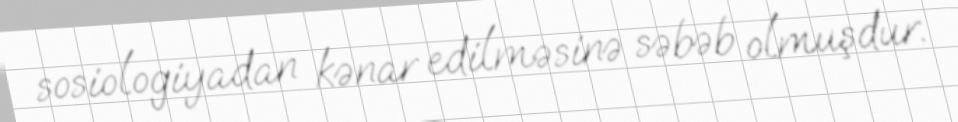
sosiologiyadan kənar edilməsinə səbəb olmuşdur.